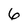
Character: 6